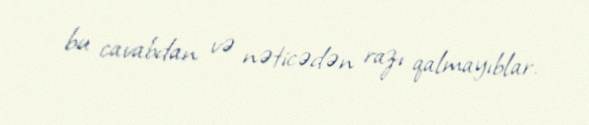
bu cavabdan və nəticədən razı qalmayıblar.